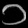
Digit: ၁